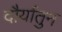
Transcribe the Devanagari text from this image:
दौर्यांतुन